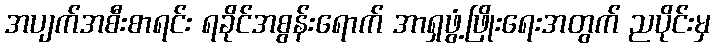
အပျက်အစီးစာရင်း ရခိုင်အစွန်းရောက် အာရှဖွံ့ဖြိုးရေးအတွက် ညပိုင်းမှ